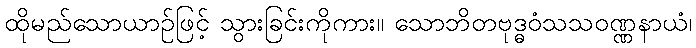
ထိုမည်သောယာဉ်ဖြင့် သွားခြင်းကိုကား။ သောဘိတဗုဒ္ဓဝံသသဝဏ္ဏနာယံ၊